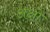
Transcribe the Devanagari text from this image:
अक्षो